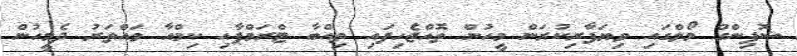
ޝޮޕިންގް މޯލްގައި ވިޔަފާރިކުރަން މީހުން ތޮއްޖެހިފައި ތިއްބާ ޓްރަމްޕާއި ކިމްއާ ވައްތަރު ދެމީހުން